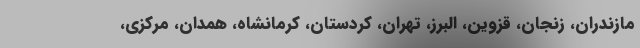
مازندران، زنجان، قزوین، البرز، تهران، کردستان، کرمانشاه، همدان، مرکزی،